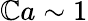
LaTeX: \mathbb{C}a\sim1